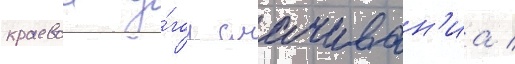
краевои у́гол смачиван'иа /